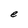
Character: e